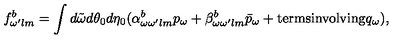
f _ { \omega ^ { \prime } l m } ^ { b } = \int d \tilde { \omega } d \theta _ { 0 } d \eta _ { 0 } ( \alpha _ { \omega \omega ^ { \prime } l m } ^ { b } p _ { \omega } + \beta _ { \omega \omega ^ { \prime } l m } ^ { b } \bar { p } _ { \omega } + \mathrm { t e r m s i n v o l v i n g } q _ { \omega } ) ,